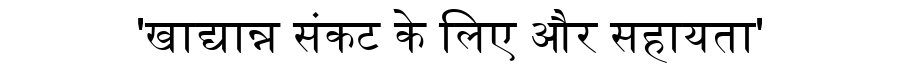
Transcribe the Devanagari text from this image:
'खाद्यान्न संकट के लिए और सहायता'